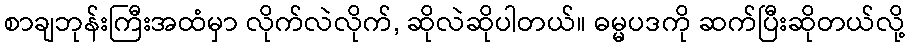
စာချဘုန်းကြီးအထံမှာ လိုက်လဲလိုက်, ဆိုလဲဆိုပါတယ်။ ဓမ္မပဒကို ဆက်ပြီးဆိုတယ်လို့